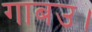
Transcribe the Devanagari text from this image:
गाबउ।